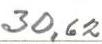
30,62